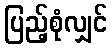
ပြည့်စုံလျှင်